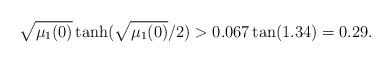
LaTeX: \begin{align*}\sqrt {\mu_1(0)} \tanh (\sqrt{\mu_1(0)}/2)> 0.067 \tan (1.34)=0.29.\end{align*}